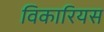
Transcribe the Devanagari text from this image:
विकारियस